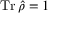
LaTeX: \operatorname { T r } { \hat { \rho } } = 1